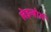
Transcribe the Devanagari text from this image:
लेइन्बोर्ग